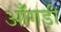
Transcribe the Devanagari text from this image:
आँगड़ी